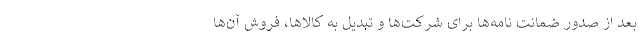
بعد از صدور ضمانت نامه‌ها برای شرکت‌ها و تبدیل به کالاها، فروش آن‌ها